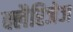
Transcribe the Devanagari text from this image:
क्लैरिजेज